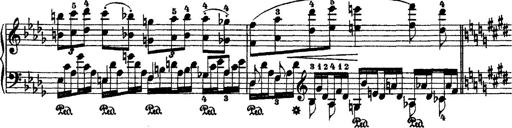
Title: 2 KonzertetÃ¼den
Composer: Franz Liszt